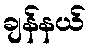
ချန်နယ်